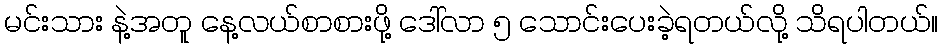
မင်းသား နဲ့အတူ နေ့လယ်စာစားဖို့ ဒေါ်လာ ၅ သောင်းပေးခဲ့ရတယ်လို့ သိရပါတယ်။